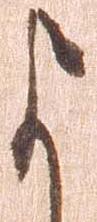
よ